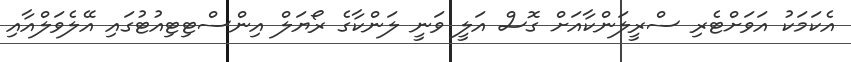
އެކަމަކު އަވަށްޓެރި ސްރީލަންކާއަށް ގޮސް އަލީ ވަނީ ލަންކާގެ ރޯޔަލް އިންސްޓިޓިއުޓުގައި އޭލެވަލްއާއި